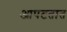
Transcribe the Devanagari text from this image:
आपटतात